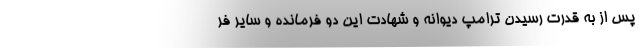
پس از به قدرت رسیدن ترامپ دیوانه و شهادت این دو فرمانده و سایر فر